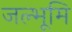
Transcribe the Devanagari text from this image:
जल्भूमि